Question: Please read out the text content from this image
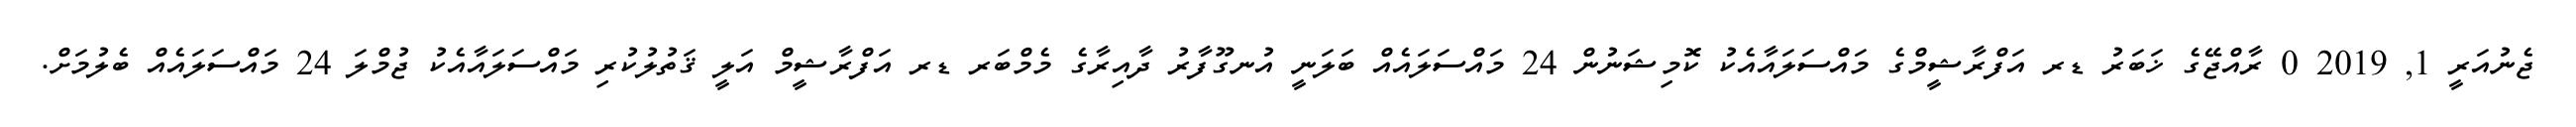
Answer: ޖެނުއަރީ 1, 2019 0 ރާއްޖޭގެ ޚަބަރު ޑރ އަފްރާޝީމްގެ މައްސަލައާއެކު ކޮމިޝަނުން 24 މައްސަލައެއް ބަލަނީ އުނގޫފާރު ދާއިރާގެ މެމްބަރ ޑރ އަފްރާޝީމް އަލީ ޤަތުލުކުރި މައްސަލައާއެކު ޖުމްލަ 24 މައްސަލައެއް ބެލުމަށް.